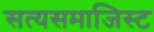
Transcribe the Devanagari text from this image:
सत्यसमाजिस्ट